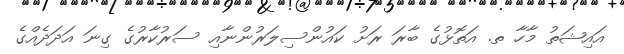
އައިޝަތު މާހާ ތ. އަތޮޅުގެ ބާރަ ރަށު ކައުންސިލަރުންނާއި ސަރުކާރުގެ ގިނަ އަދަދެއްގެ